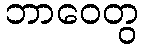
ဘာဝေတွ